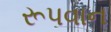
રૂપવાન